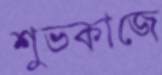
শুভকাজে